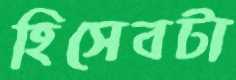
হিসেবটা